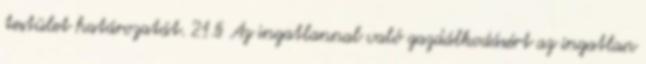
testület határozatát. 21.§ Az ingatlannal való gazdálkodásért az ingatlan